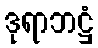
ဒုရာဘဋ္ဌံ